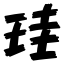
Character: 珪